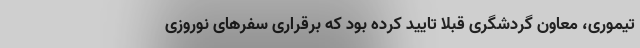
تیموری، معاون گردشگری قبلا تایید کرده بود که برقراری سفرهای نوروزی